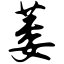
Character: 蒌